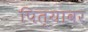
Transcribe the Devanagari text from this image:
पित्यावर